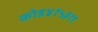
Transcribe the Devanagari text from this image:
कोड४१५३११